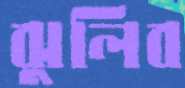
ঝুলিব